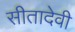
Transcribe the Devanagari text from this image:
सीतादेवी